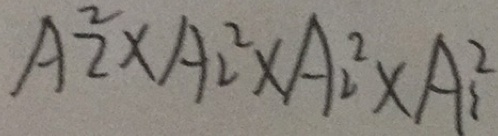
A _ { 2 } ^ { 2 } \times A _ { 2 } ^ { 2 } \times A _ { 2 } ^ { 2 } \times A _ { 2 } ^ { 2 }